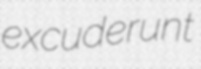
excuderunt